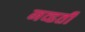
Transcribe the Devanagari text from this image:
नव्‍हती